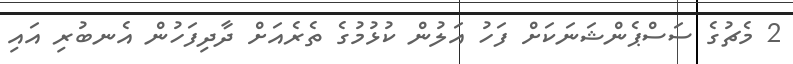
2 މެޗުގެ ސަސްޕެންޝަނަކަށް ފަހު އަލުން ކުޅުމުގެ ތެރެއަށް ދާދިފަހުން އެނބުރި އައި